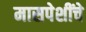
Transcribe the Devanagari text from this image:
मासपेशींचे